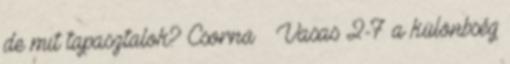
de mit tapasztalok? Csorna – Vasas 2-7 a különbség